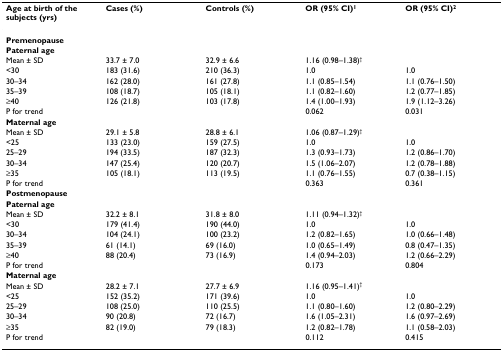
<table><thead><tr><td><b>Age at birth of the subjects (yrs)</b></td><td><b>Cases (%)</b></td><td><b>Controls (%)</b></td><td><b>OR (95% CI)<sup>1</sup></b></td><td><b>OR (95% CI)<sup>2</sup></b></td></tr></thead><tbody><tr><td><b>Premenopause</b></td><td></td><td></td><td></td><td></td></tr><tr><td><b>Paternal age</b></td><td></td><td></td><td></td><td></td></tr><tr><td>Mean ± SD</td><td>33.7 ± 7.0</td><td>32.9 ± 6.6</td><td>1.16 (0.98–1.38)<sup>†</sup></td><td></td></tr><tr><td>&lt;30</td><td>183 (31.6)</td><td>210 (36.3)</td><td>1.0</td><td>1.0</td></tr><tr><td>30–34</td><td>162 (28.0)</td><td>161 (27.8)</td><td>1.1 (0.85–1.54)</td><td>1.1 (0.76–1.50)</td></tr><tr><td>35–39</td><td>108 (18.7)</td><td>105 (18.1)</td><td>1.1 (0.82–1.60)</td><td>1.2 (0.77–1.85)</td></tr><tr><td>≥40</td><td>126 (21.8)</td><td>103 (17.8)</td><td>1.4 (1.00–1.93)</td><td>1.9 (1.12–3.26)</td></tr><tr><td>P for trend</td><td></td><td></td><td>0.062</td><td>0.031</td></tr><tr><td><b>Maternal age</b></td><td></td><td></td><td></td><td></td></tr><tr><td>Mean ± SD</td><td>29.1 ± 5.8</td><td>28.8 ± 6.1</td><td>1.06 (0.87–1.29)<sup>†</sup></td><td></td></tr><tr><td>&lt;25</td><td>133 (23.0)</td><td>159 (27.5)</td><td>1.0</td><td>1.0</td></tr><tr><td>25–29</td><td>194 (33.5)</td><td>187 (32.3)</td><td>1.3 (0.93–1.73)</td><td>1.2 (0.86–1.70)</td></tr><tr><td>30–34</td><td>147 (25.4)</td><td>120 (20.7)</td><td>1.5 (1.06–2.07)</td><td>1.2 (0.78–1.88)</td></tr><tr><td>≥35</td><td>105 (18.1)</td><td>113 (19.5)</td><td>1.1 (0.76–1.55)</td><td>0.7 (0.38–1.15)</td></tr><tr><td>P for trend</td><td></td><td></td><td>0.363</td><td>0.361</td></tr><tr><td><b>Postmenopause</b></td><td></td><td></td><td></td><td></td></tr><tr><td><b>Paternal age</b></td><td></td><td></td><td></td><td></td></tr><tr><td>Mean ± SD</td><td>32.2 ± 8.1</td><td>31.8 ± 8.0</td><td>1.11 (0.94–1.32)<sup>†</sup></td><td></td></tr><tr><td>&lt;30</td><td>179 (41.4)</td><td>190 (44.0)</td><td>1.0</td><td>1.0</td></tr><tr><td>30–34</td><td>104 (24.1)</td><td>100 (23.2)</td><td>1.2 (0.82–1.65)</td><td>1.0 (0.66–1.48)</td></tr><tr><td>35–39</td><td>61 (14.1)</td><td>69 (16.0)</td><td>1.0 (0.65–1.49)</td><td>0.8 (0.47–1.35)</td></tr><tr><td>≥40</td><td>88 (20.4)</td><td>73 (16.9)</td><td>1.4 (0.94–2.03)</td><td>1.2 (0.66–2.29)</td></tr><tr><td>P for trend</td><td></td><td></td><td>0.173</td><td>0.804</td></tr><tr><td><b>Maternal age</b></td><td></td><td></td><td></td><td></td></tr><tr><td>Mean ± SD</td><td>28.2 ± 7.1</td><td>27.7 ± 6.9</td><td>1.16 (0.95–1.41)<sup>†</sup></td><td></td></tr><tr><td>&lt;25</td><td>152 (35.2)</td><td>171 (39.6)</td><td>1.0</td><td>1.0</td></tr><tr><td>25–29</td><td>108 (25.0)</td><td>110 (25.5)</td><td>1.1 (0.80–1.60)</td><td>1.2 (0.80–2.29)</td></tr><tr><td>30–34</td><td>90 (20.8)</td><td>72 (16.7)</td><td>1.6 (1.05–2.31)</td><td>1.6 (0.97–2.69)</td></tr><tr><td>≥35</td><td>82 (19.0)</td><td>79 (18.3)</td><td>1.2 (0.82–1.78)</td><td>1.1 (0.58–2.03)</td></tr><tr><td>P for trend</td><td></td><td></td><td>0.112</td><td>0.415</td></tr></tbody></table>